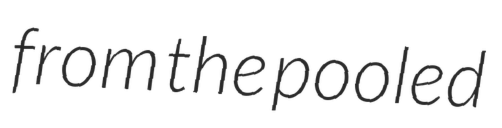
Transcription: from the pooled